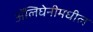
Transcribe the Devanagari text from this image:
ॲलिघेनीमधील